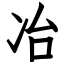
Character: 冶